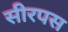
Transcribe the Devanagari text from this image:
सीरपस